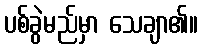
ပစ်ခွဲမည်မှာ သေချာ၏။